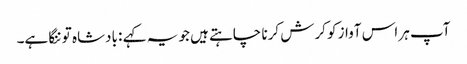
آپ ہر اس آواز کو کرش کرنا چاہتے ہیں جو یہ کہے : بادشاہ تو ننگا ہے۔